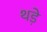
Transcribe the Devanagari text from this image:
थड़े